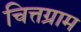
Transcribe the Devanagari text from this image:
चित्तग्राम